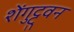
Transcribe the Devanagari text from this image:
शेंगुट्टुवन